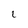
Character: l